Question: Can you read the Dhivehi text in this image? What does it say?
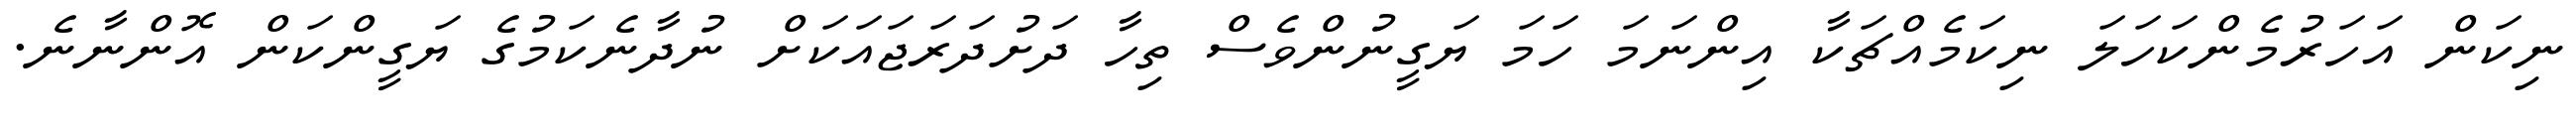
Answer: ނިކަން އަހަރުމެންކަހަލަ ނިކަމެއްޗަކާ އިންނަމަ ހަމަ ޔަގީނުންވެސް ތިހާ ދަށުދަރަޖައަކަށް ނުދާނެކަމުގެ ޔަގީންކަން އޮންނާނެ.